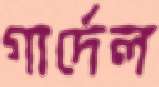
গার্দেল